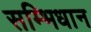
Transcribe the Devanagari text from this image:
सम्भिधान